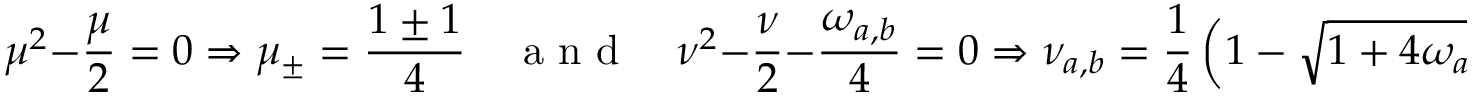
\mu ^ { 2 } - \frac { \mu } { 2 } = 0 \Rightarrow \mu _ { \pm } = \frac { 1 \pm 1 } { 4 } \quad \mathrm { ~ a ~ n ~ d ~ } \quad \nu ^ { 2 } - \frac { \nu } { 2 } - \frac { \omega _ { a , b } } { 4 } = 0 \Rightarrow \nu _ { a , b } = \frac { 1 } { 4 } \left( 1 - \sqrt { 1 + 4 \omega _ { a , b } } \right) \; ,